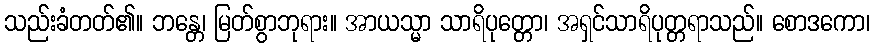
သည်းခံတတ်၏။ ဘန္တေ၊ မြတ်စွာဘုရား။ အာယသ္မာ သာရိပုတ္တော၊ အရှင်သာရိပုတ္တရာသည်။ စောဒကော၊